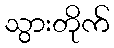
သွားတိုက်